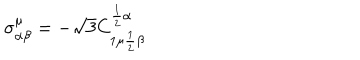
\sigma _ { \alpha \beta } ^ { \mu } = - \sqrt { 3 } C _ { 1 \mu { \frac { 1 } { 2 } } \beta } ^ { { \frac { 1 } { 2 } } \alpha }